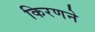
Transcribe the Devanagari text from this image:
किरणने